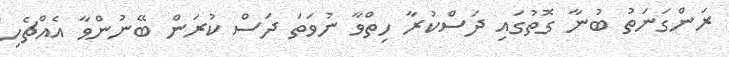
ރަންގަނަތު ބުނާ ގޮތުގައި ދަސްކުރާ ހިތްވާ ނުވަތަ ދަސް ކުރަން ބޭނުންވާ އެއްޗެހި